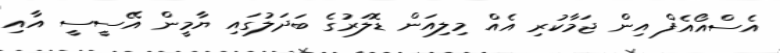
އެސްއޯއެފް އިން ޖަމާކުރި އެއް މިލިއަން ޑޮލަރުގެ ބަދަލުގައި ޔާމީން އޭސީސީ އާއި